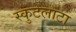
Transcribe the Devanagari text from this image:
स्कुटेलाटा